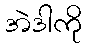
အဲဒါကို